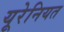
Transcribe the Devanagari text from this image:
यूरेनियत